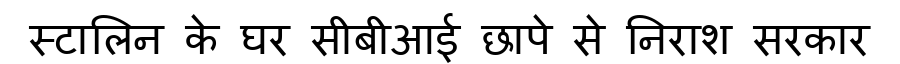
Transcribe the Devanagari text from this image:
स्टालिन के घर सीबीआई छापे से निराश सरकार